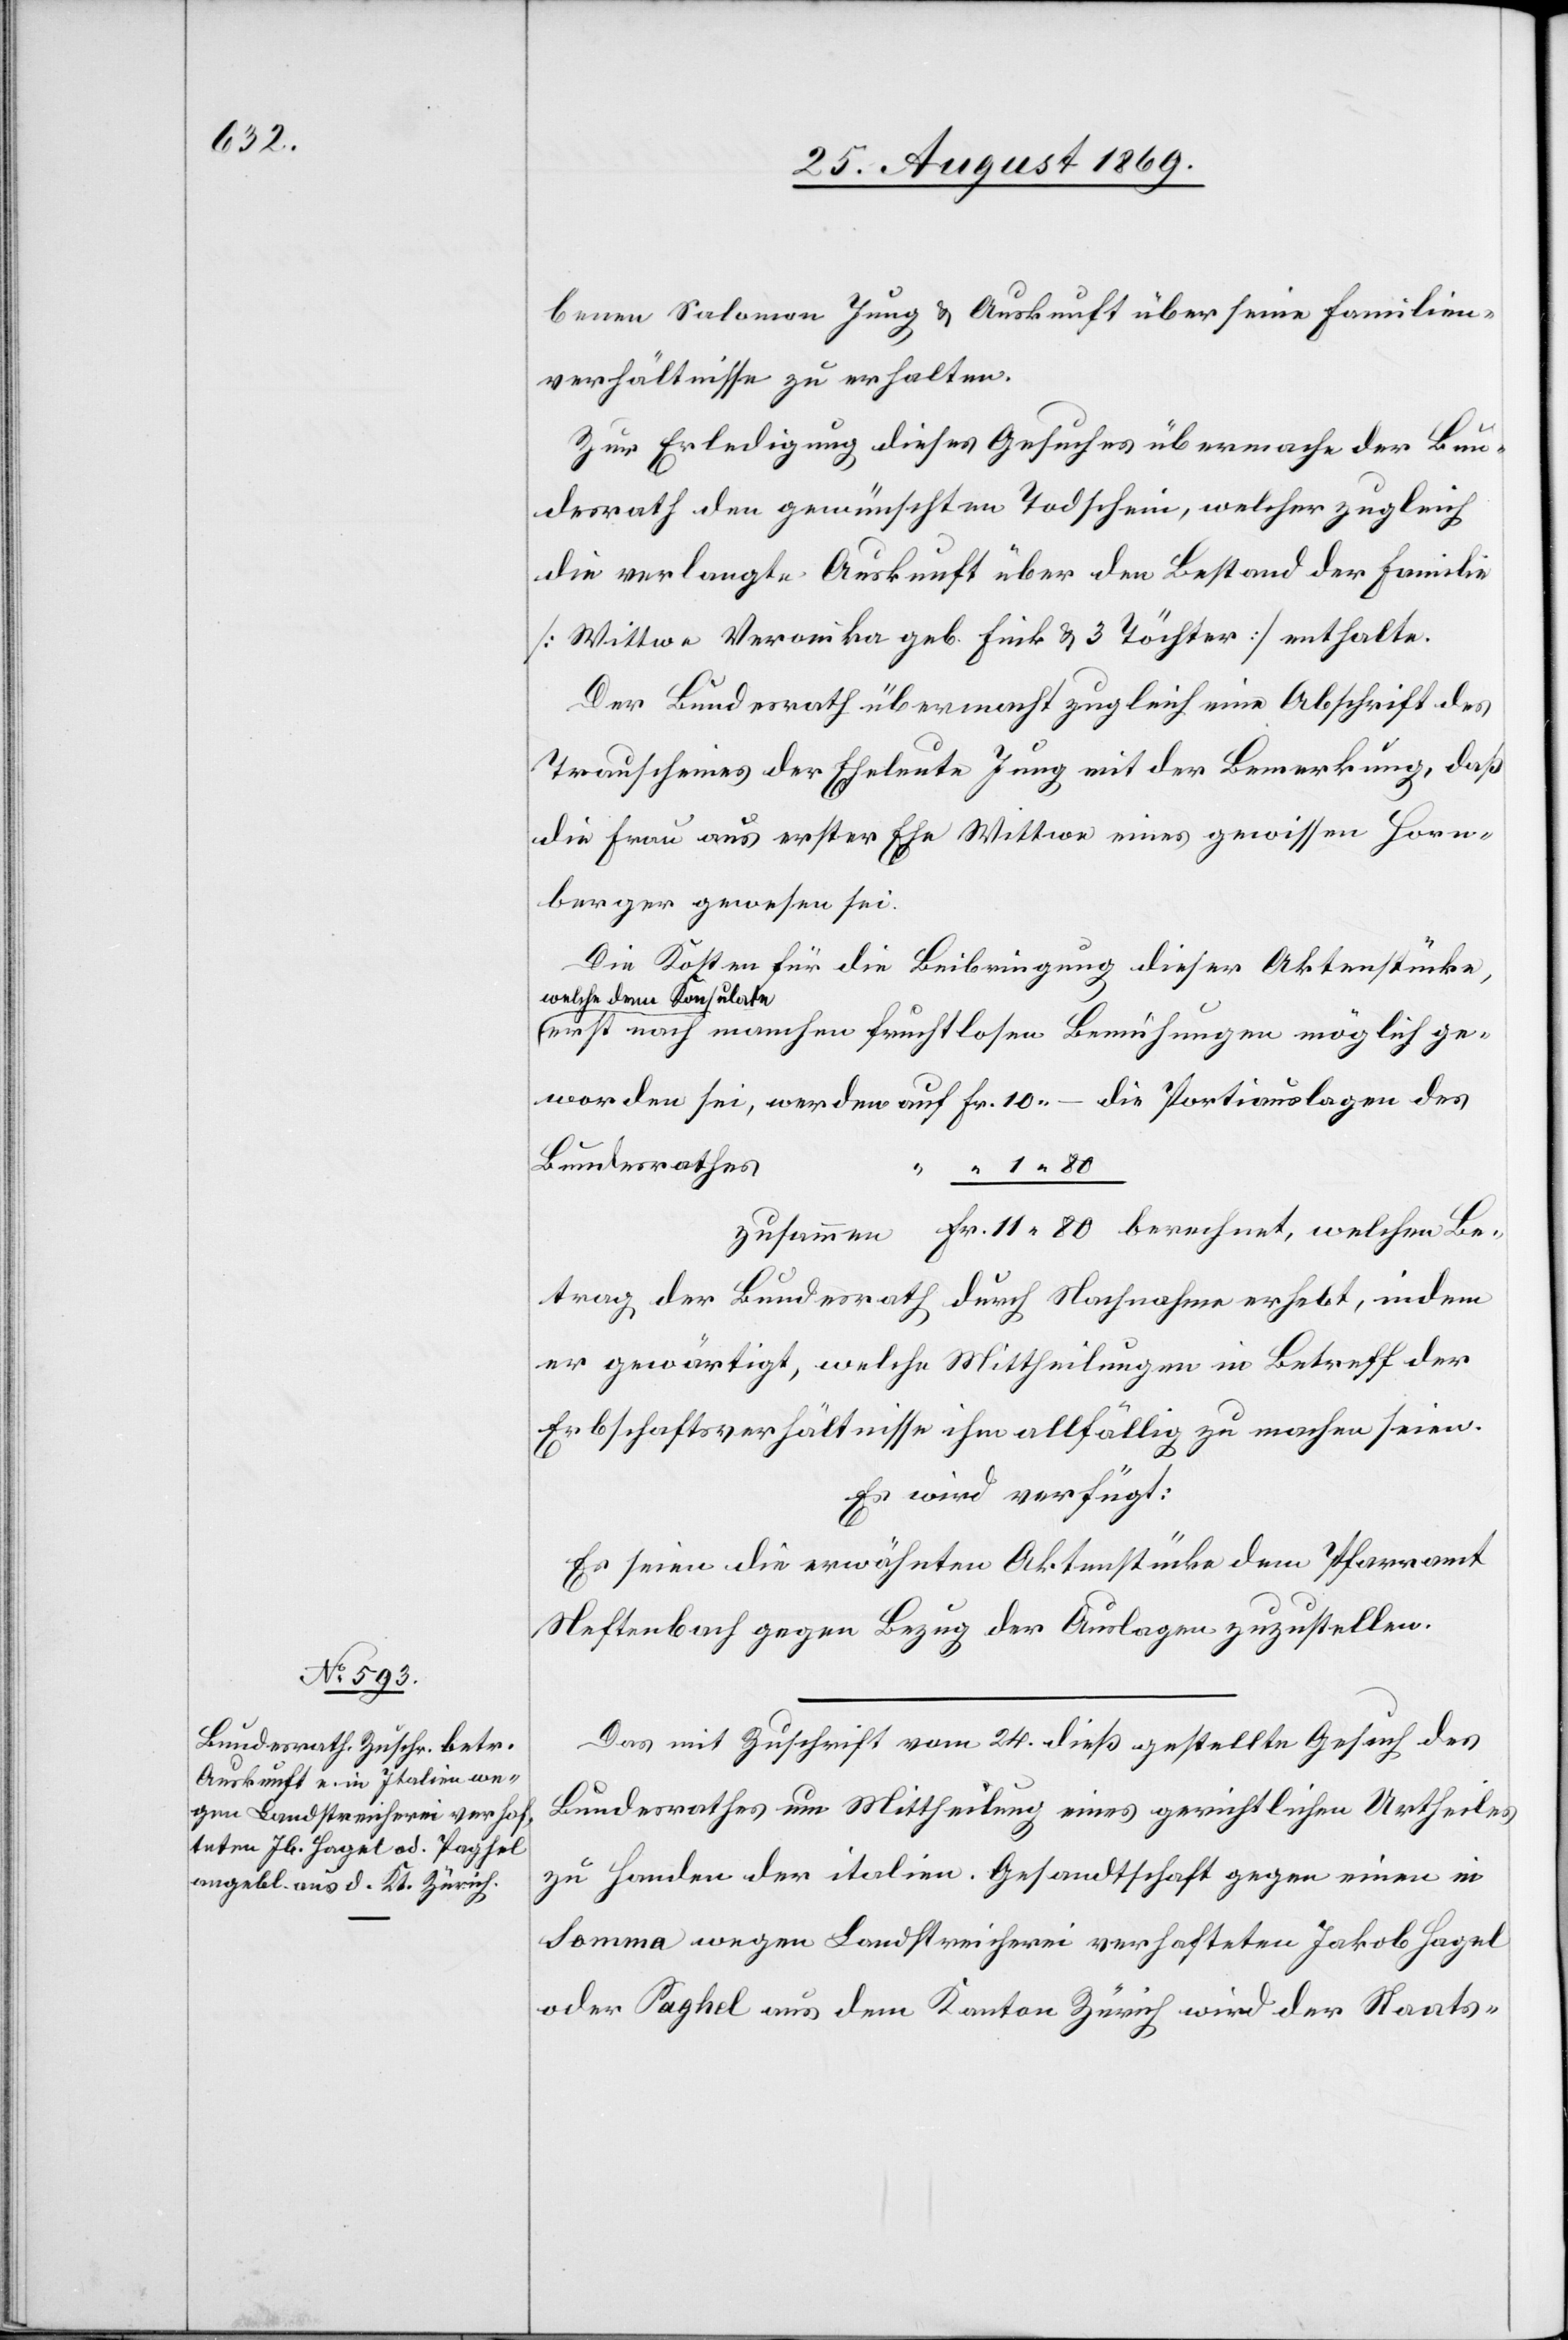
worden

26. August 1869.]
benen Salomon Jung & Auskunft über seine Familien¬
verhältnisse zu erhalten.
Zur Erledigung dieses Gesuches übermache der Bun¬
desrath den gewünschten Todschein, welcher zugleich
die verlangte Auskunft über den Bestand der Familie
[Wittwe Veronika geb. Fink & 3 Töchter] enthalte.
Der Bundesrath übermacht zugleich eine Abschrift des
Trauscheines der Eheleute Jung mit der Bemerkung, daß
die Frau aus erster Ehe Wittwe eines gewissen Horn¬
berger gewesen sei.
Die Kosten für die Beibringung dieser Aktenstücke,
[recte: dem] Konsulate
nach manchen fruchtlosen Bemühungen möglich ge¬
Bundesrathes
11 80
Betrag der Bundesrath durch Nachnahme erhebt, indem
er gewärtigt, welche Mittheilungen in Betreff der
Erbschaftsverhältnisse ihm allfällig zu machen seien.
Es wird verfügt:
Es seien die erwähnten Aktenstücke dem Pfarramt
Neftenbach gegen Bezug der Auslagen zuzustellen.
Das mit Zuschrift vom 24. dieß gestellte Gesuch des
Bundesrathes um Mittheilung eines gerichtlichen Urtheiles
zu Handen der italien. Gesandtschaft gegen einen in
Somma wegen Landstreicherei verhafteten Jakob Hagel
oder Paghel aus dem Kanton Zürich wird der Staats-